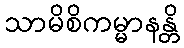
သာမိစိကမ္မာနန္တိ